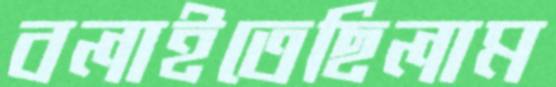
বলাইতেছিলাম